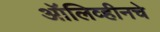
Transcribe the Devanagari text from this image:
ऑलिव्हीनचे